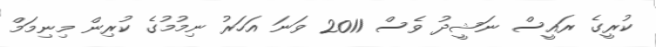
ކުރީގެ ރައީސް ނަޝީދު ވެސް 2011 ވަނަ އަހަރު ނިމުމުގެ ކުރިން މިނިމަމް